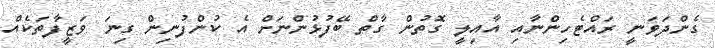
ގެންދަވަނީ ރައްޓެހިންނާއި އާއިލީ ގޮތުން ގާތް ބޭފުޅުންނަށް އެ ކުންފުނިން ގިނަ ވަޒީފާތަކެއް